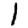
Digit: 1